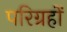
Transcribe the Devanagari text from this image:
परिग्रहों